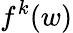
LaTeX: f^{k}(w)